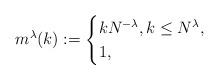
LaTeX: \begin{align*} m^{\lambda}(k) :=\begin{cases} kN^{-\lambda}, k\leq N^\lambda, \\1, \end{cases}\end{align*}